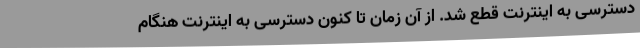
دسترسی به اینترنت قطع شد. از آن زمان تا کنون دسترسی به اینترنت هنگام